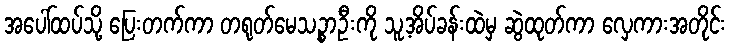
အပေါ်ထပ်သို့ ပြေးတက်ကာ တရုတ်မေသဉ္စာဦးကို သူ့အိပ်ခန်းထဲမှ ဆွဲထုတ်ကာ လှေကားအတိုင်း